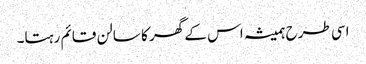
اسی طرح ہمیشہ اس کے گھر کا سالن قائم رہتا۔